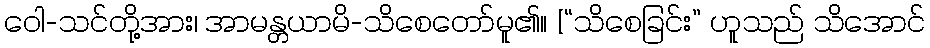
ဝေါ-သင်တို့အား၊ အာမန္တယာမိ-သိစေတော်မူ၏။ [“သိစေခြင်း” ဟူသည် သိအောင်